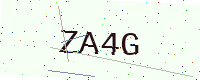
Text: ZA4G